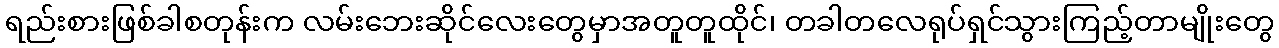
ရည်းစားဖြစ်ခါစတုန်းက လမ်းဘေးဆိုင်လေးတွေမှာအတူတူထိုင်၊ တခါတလေရုပ်ရှင်သွားကြည့်တာမျိုးတွေ